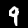
Digit: 9